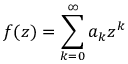
f ( z ) = \sum _ { k = 0 } ^ { \infty } a _ { k } z ^ { k }